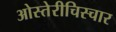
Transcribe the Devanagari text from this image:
ओस्तेरीचिस्चार